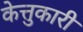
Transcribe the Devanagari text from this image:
केत्तुकारी